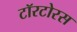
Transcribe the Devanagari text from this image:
टॉरटोरस